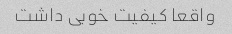
واقعا کیفیت خوبی داشت